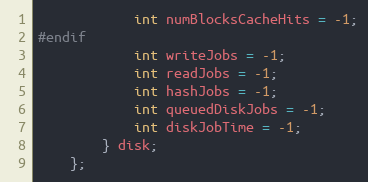
Language: C
            int numBlocksCacheHits = -1;
#endif
            int writeJobs = -1;
            int readJobs = -1;
            int hashJobs = -1;
            int queuedDiskJobs = -1;
            int diskJobTime = -1;
        } disk;
    };